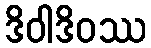
ဒိဝါဒိဝဿ